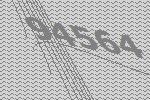
94564